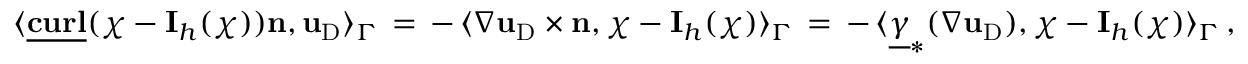
\langle \underline { { \mathbf { c u r l } } } ( { \boldsymbol \chi } - \mathbf { I } _ { h } ( { \boldsymbol \chi } ) ) { \mathbf { n } } , \mathbf { u } _ { \mathrm { D } } \rangle _ { \Gamma } \, = \, - \, \langle \nabla \mathbf { u } _ { \mathrm { D } } \times { \mathbf { n } } , { \boldsymbol \chi } - \mathbf { I } _ { h } ( { \boldsymbol \chi } ) \rangle _ { \Gamma } \, = \, - \, \langle \underline { { { \boldsymbol \gamma } } } _ { * } ( \nabla \mathbf { u } _ { \mathrm { D } } ) , { \boldsymbol \chi } - \mathbf { I } _ { h } ( { \boldsymbol \chi } ) \rangle _ { \Gamma } \, ,